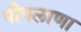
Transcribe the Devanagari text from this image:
पीपलाणा